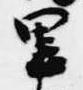
里